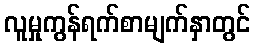
လူမှုကွန်ရက်စာမျက်နှာတွင်